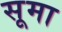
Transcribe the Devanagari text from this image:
सूमा